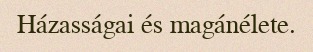
Házasságai és magánélete.